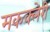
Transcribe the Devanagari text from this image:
मकक्लेरी